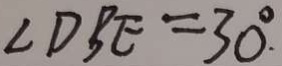
\angle D B E = 3 0 ^ { \circ } .